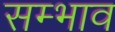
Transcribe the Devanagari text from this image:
सम्भाव